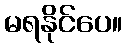
မရနိုင်ပေ။